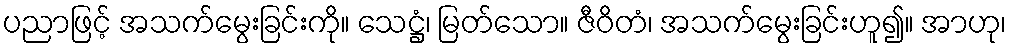
ပညာဖြင့် အသက်မွေးခြင်းကို။ သေဋ္ဌံ၊ မြတ်သော။ ဇီဝိတံ၊ အသက်မွေးခြင်းဟူ၍။ အာဟု၊